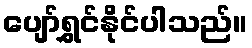
ပျော်ရွှင်နိုင်ပါသည်။